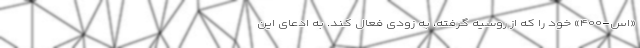
«اس-۴۰۰» خود را که از روسیه گرفته، به زودی فعال کند. به ادعای این